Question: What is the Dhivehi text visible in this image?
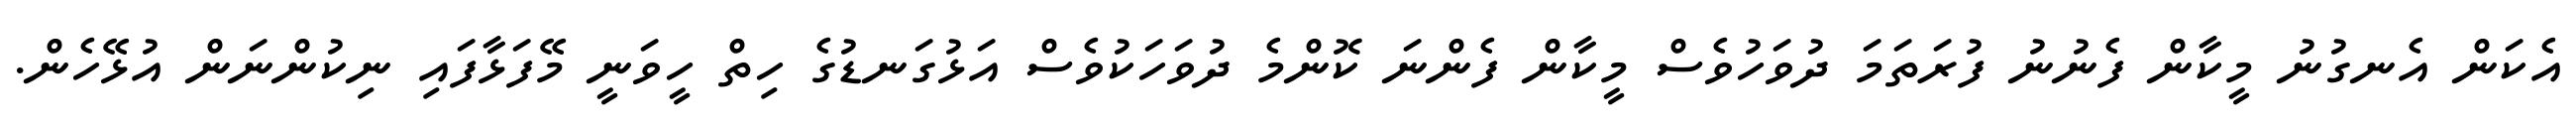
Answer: އެކަން އެނގުނު މީކާން ފެނުނު ފުރަތަމަ ދުވަހުވެސް މީކާން ފެންނަ ކޮންމެ ދުވަހަކުވެސް އަޅުގަނޑުގެ ހިތް ހީވަނީ މޭފަޅާފައި ނިކުންނަން އުޅޭހެން.